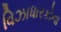
વિઝાધારકોના